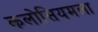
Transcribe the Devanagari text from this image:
कलोसियमला